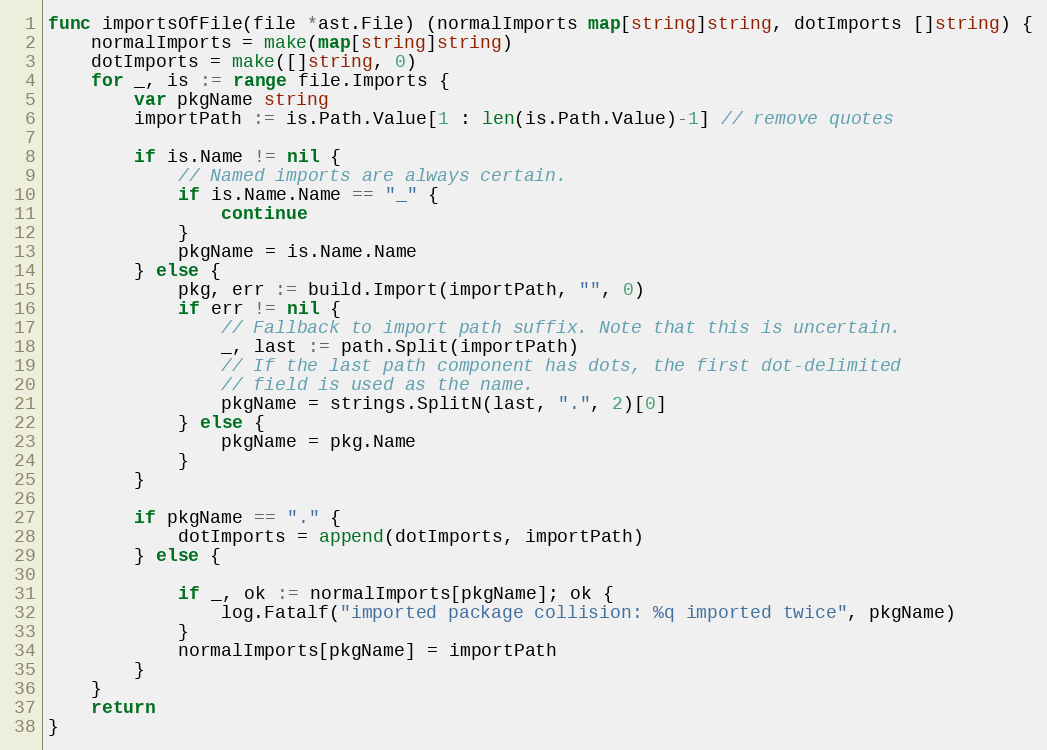
Language: Go
func importsOfFile(file *ast.File) (normalImports map[string]string, dotImports []string) {
	normalImports = make(map[string]string)
	dotImports = make([]string, 0)
	for _, is := range file.Imports {
		var pkgName string
		importPath := is.Path.Value[1 : len(is.Path.Value)-1] // remove quotes

		if is.Name != nil {
			// Named imports are always certain.
			if is.Name.Name == "_" {
				continue
			}
			pkgName = is.Name.Name
		} else {
			pkg, err := build.Import(importPath, "", 0)
			if err != nil {
				// Fallback to import path suffix. Note that this is uncertain.
				_, last := path.Split(importPath)
				// If the last path component has dots, the first dot-delimited
				// field is used as the name.
				pkgName = strings.SplitN(last, ".", 2)[0]
			} else {
				pkgName = pkg.Name
			}
		}

		if pkgName == "." {
			dotImports = append(dotImports, importPath)
		} else {

			if _, ok := normalImports[pkgName]; ok {
				log.Fatalf("imported package collision: %q imported twice", pkgName)
			}
			normalImports[pkgName] = importPath
		}
	}
	return
}